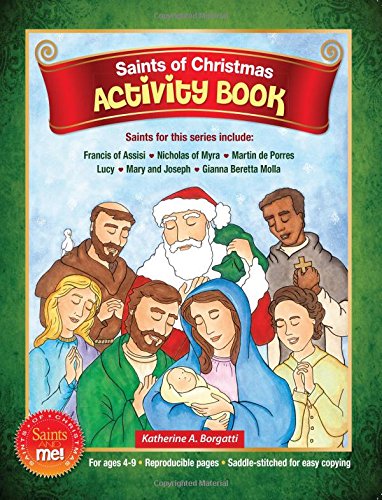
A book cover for Saints of Christmas Activity Book (Saints and Me!); Christian Books & Bibles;